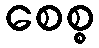
စေစ္စ